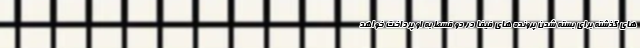
های گذشته برای بسته شدن پرونده های فیفا در دو قسط به او پرداخت خواهد